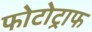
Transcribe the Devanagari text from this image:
फोटोट्राफ